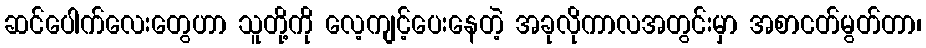
ဆင်ပေါက်လေးတွေဟာ သူတို့ကို လေ့ကျင့်ပေးနေတဲ့ အခုလိုကာလအတွင်းမှာ အစာငတ်မွတ်တာ၊